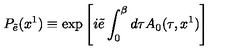
P _ { \tilde { e } } ( x ^ { 1 } ) \equiv \exp \left[ i \tilde { e } \int _ { 0 } ^ { \beta } d \tau A _ { 0 } ( \tau , x ^ { 1 } ) \right]